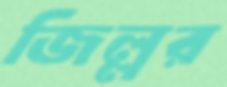
জিল্লর